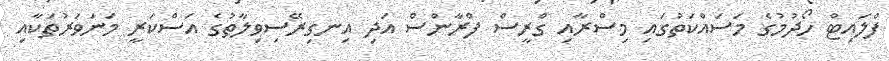
ފްލައިޓް ހޯދުމުގެ މަސައްކަތުގައި މިސްރާއި ގްރީސް ފްރާންސް އަދި އިނގިރޭސިވިލާތުގެ އަސްކަރީ މަނަވަރުތަކާއި